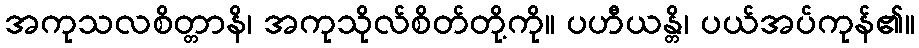
အကုသလစိတ္တာနိ၊ အကုသိုလ်စိတ်တို့ကို။ ပဟီယန္တိ၊ ပယ်အပ်ကုန်၏။